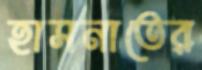
হাসনাতের